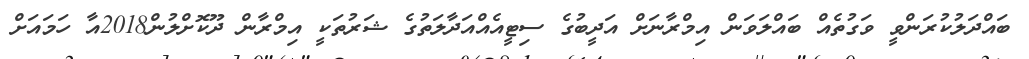
ބައްދަލުކުރަންވީ ވަގުތެއް ބައްލަވަން އިމްރާނަށް އަދީބުގެ ސިޓީއެއްއަދާލަތުގެ ޝަރުތަކީ އިމްރާން ދޫކޮށްލުން2018އާ ހަމައަށް